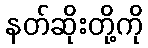
နတ်ဆိုးတို့ကို